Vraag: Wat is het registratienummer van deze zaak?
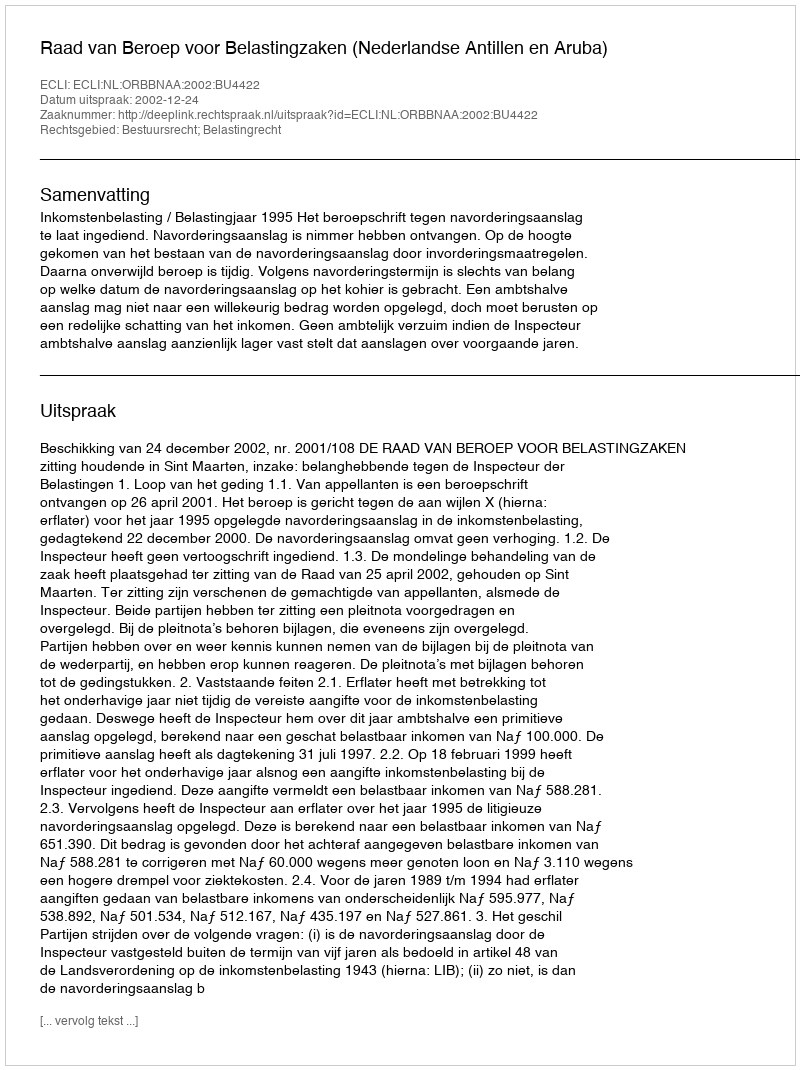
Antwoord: http://deeplink.rechtspraak.nl/uitspraak?id=ECLI:NL:ORBBNAA:2002:BU4422